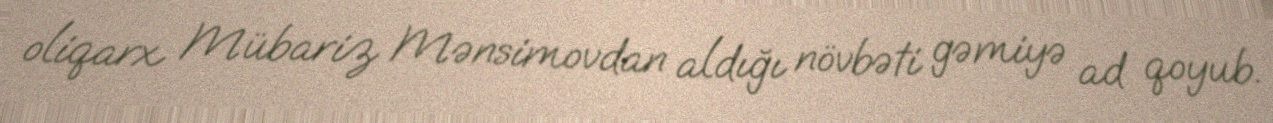
oliqarx Mübariz Mənsimovdan aldığı növbəti gəmiyə ad qoyub.